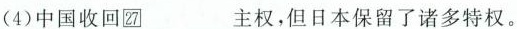
(4)中国收回27_主权，但日本保留了诸多特权。